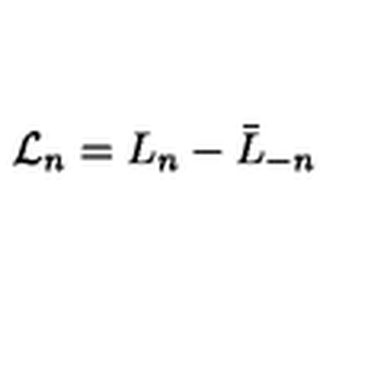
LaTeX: { \cal L } _ { n } = L _ { n } - \bar { L } _ { - n } \